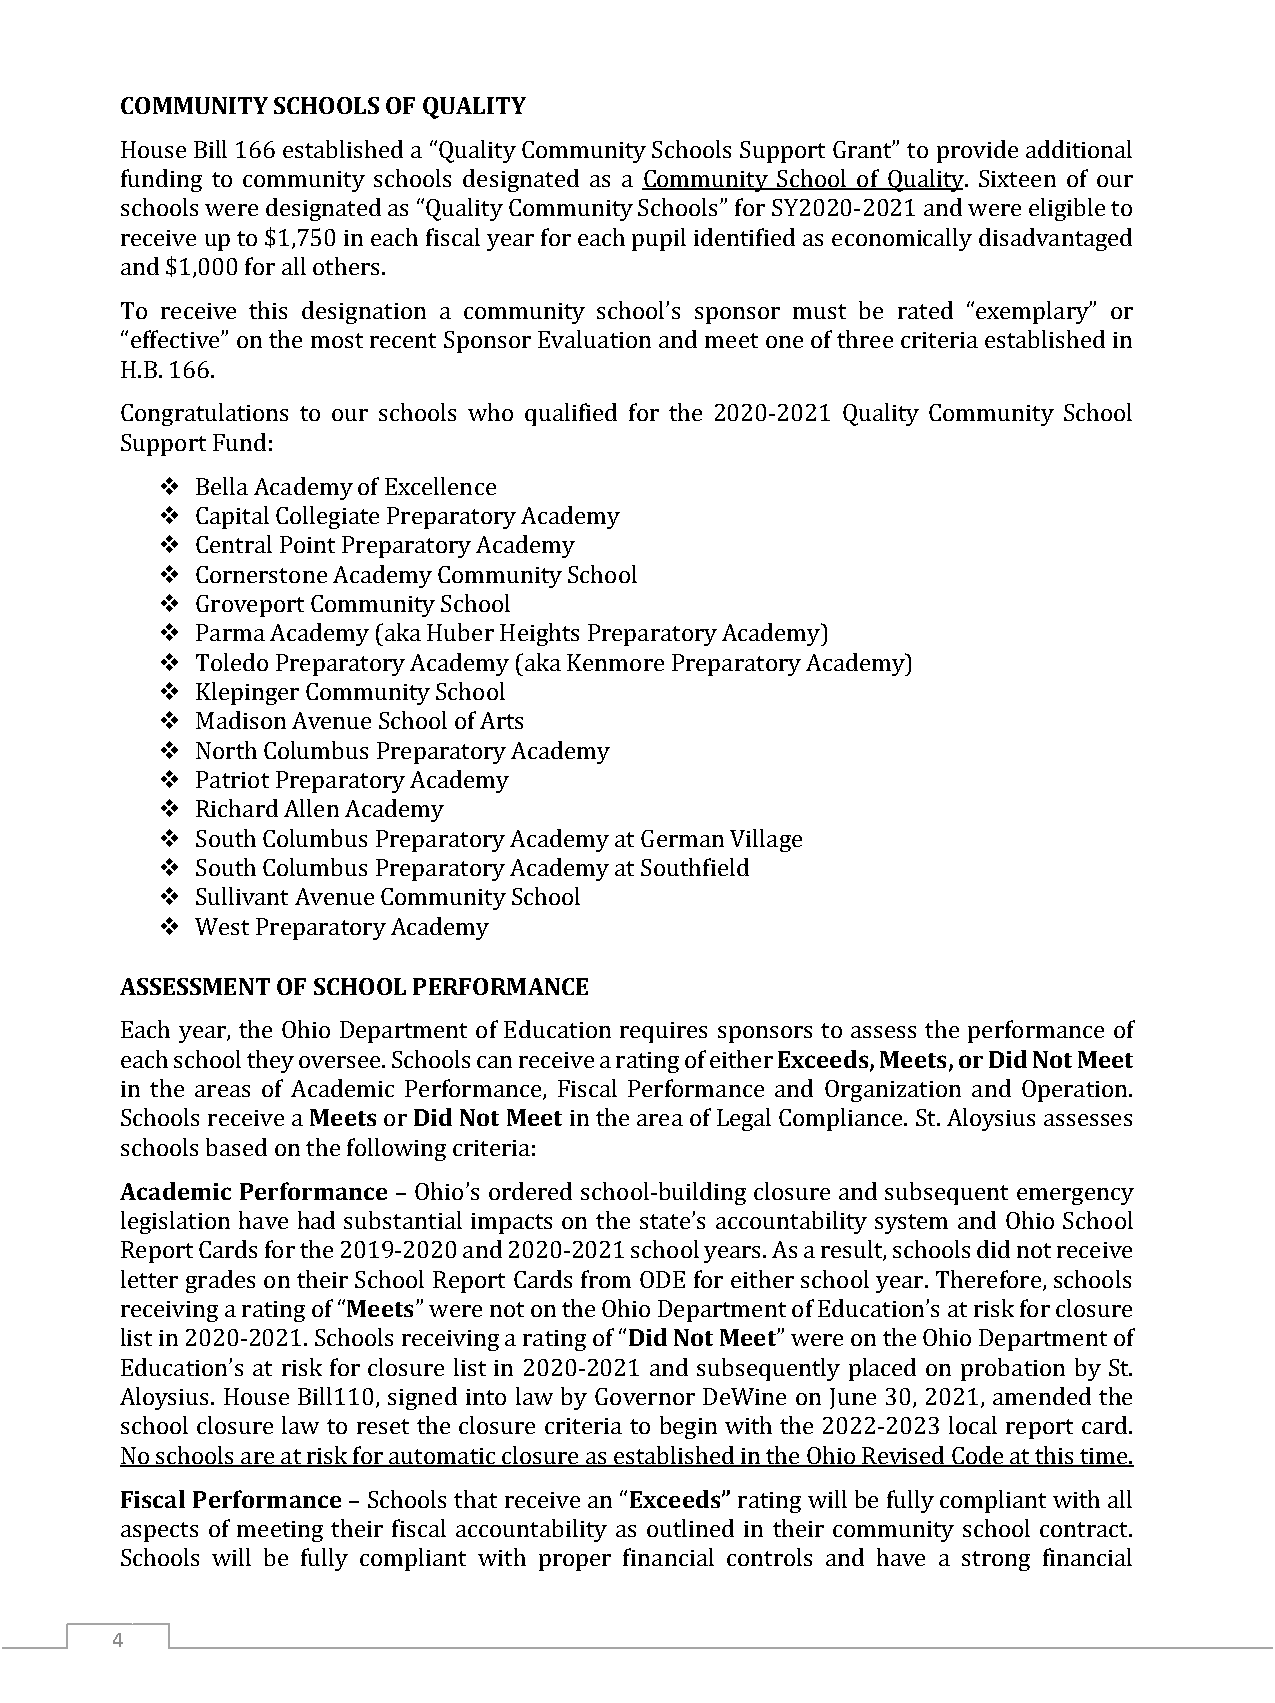
COMMUNITY SCHOOLS OF QUALITY
 House Bill 166 established a “Quality Community Schools Support Grant” to provide additional
 funding to community schools designated as a Community School of Quality. Sixteen of our
 schools were designated as “Quality Community Schools” for SY2020-2021 and were eligible to
 receive up to $1,750 in each fiscal year for each pupil identified as economically disadvantaged
 and $1,000 for all others.
 To receive this designation a community school’s sponsor must be rated “exemplary” or
 “effective” on the most recent Sponsor Evaluation and meet one of three criteria established in
 H.B. 166.
 Congratulations to our schools who qualified for the 2020-2021 Quality Community School
 
 Support Fund:
 
   Bella Academy of Excellence
   Capital Collegiate Preparatory Academy
   Central Point Preparatory Academy
   Cornerstone Academy Community School
   Groveport Community School
   Parma Academy (aka Huber Heights Preparatory Academy)
   Toledo Preparatory Academy (aka Kenmore Preparatory Academy)
   Klepinger Community School
   Madison Avenue School of Arts
   North Columbus Preparatory Academy
   Patriot Preparatory Academy
   Richard Allen Academy
   South Columbus Preparatory Academy at German Village
   South Columbus Preparatory Academy at Southfield
 Sullivant Avenue Community School
 ASSESSWMeEsNt TPr OepFa SrCaHtoOryO ALc PaEdRemFOy RMANCE
 Exceeds,Meets, or Did Not Meet
 Each year, the Ohio Department of Education requires sponsors to assess the performance of
 each school they oMveeresetse. ScDhoido lNs ocatn M reeceetive a rating of either
 in the areas of Academic Performance, Fiscal Performance and Organization and Operation.
 Schools receive a or          in the area of Legal Compliance. St. Aloysius assesses
 Academic Performance
 schools based on the following criteria:
 – Ohio’s ordered school-building closure and subsequent emergency
 legislation have had substantial impacts on the state’s accountability system and Ohio School
 Report Cards for the 2M01ee9t-2s020 and 2020-2021 school years. As a result, schools did not receive
 letter grades on their School Report Cards fromD OidD EN ofotr M eeitehter school year. Therefore, schools
 receiving a rating of “ ” were not on the Ohio Department of Education’s at risk for closure
 list in 2020-2021. Schools receiving a rating of “ ” were on the Ohio Department of
 Education’s at risk for closure list in 2020-2021 and subsequently placed on probation by St.
 Aloysius. House Bill110, signed into law by Governor DeWine on June 30, 2021, amended the
 school closure law to reset the closure criteria to begin with the 2022-2023 local report card.
 Fiscal Performance                Exceeds”
 No schools are at risk for automatic closure as established in the Ohio Revised Code at this time.
 – Schools that receive an “ rating will be fully compliant with all
 aspects of meeting their fiscal accountability as outlined in their community school contract.
 Schools will be fully compliant with proper financial controls and have a strong financial
 4